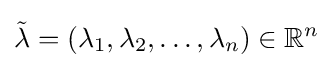
{\tilde {\lambda }}=(\lambda _{1},\lambda _{2},\ldots ,\lambda _{n})\in \mathbb {R} ^{n}